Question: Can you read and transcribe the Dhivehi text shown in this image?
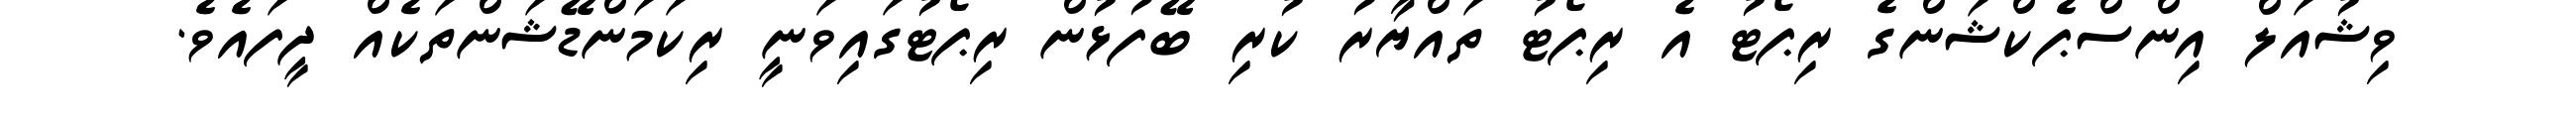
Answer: ވިޝުއަލް އިންސްޕެކްޝަންގެ ރިޕޯޓު އެ ރިޕޯޓު ތައްޔާރު ކުރި ބޭފުޅުން ރިޕޯޓުގައިވަނީ ރިކަމަންޑޭޝަންތަކެއް ދީފައެވެ.